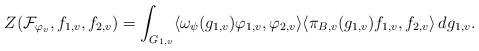
LaTeX: \begin{align*} Z(\mathcal{F}_{\varphi_v}, f_{1,v}, f_{2,v}) = \int_{G_{1,v}} \langle \omega_{\psi}(g_{1,v}) \varphi_{1,v}, \varphi_{2,v} \rangle \langle \pi_{B,v}(g_{1,v}) f_{1,v}, f_{2,v} \rangle \, d g_{1,v}.\end{align*}